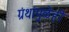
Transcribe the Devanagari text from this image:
ग्रंथांमुळेही